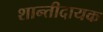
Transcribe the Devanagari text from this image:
शान्तीदायक